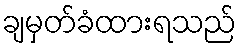
ချမှတ်ခံထားရသည်